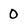
Character: 0